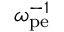
\displaystyle \omega _ { \mathrm { p e } } ^ { - 1 }